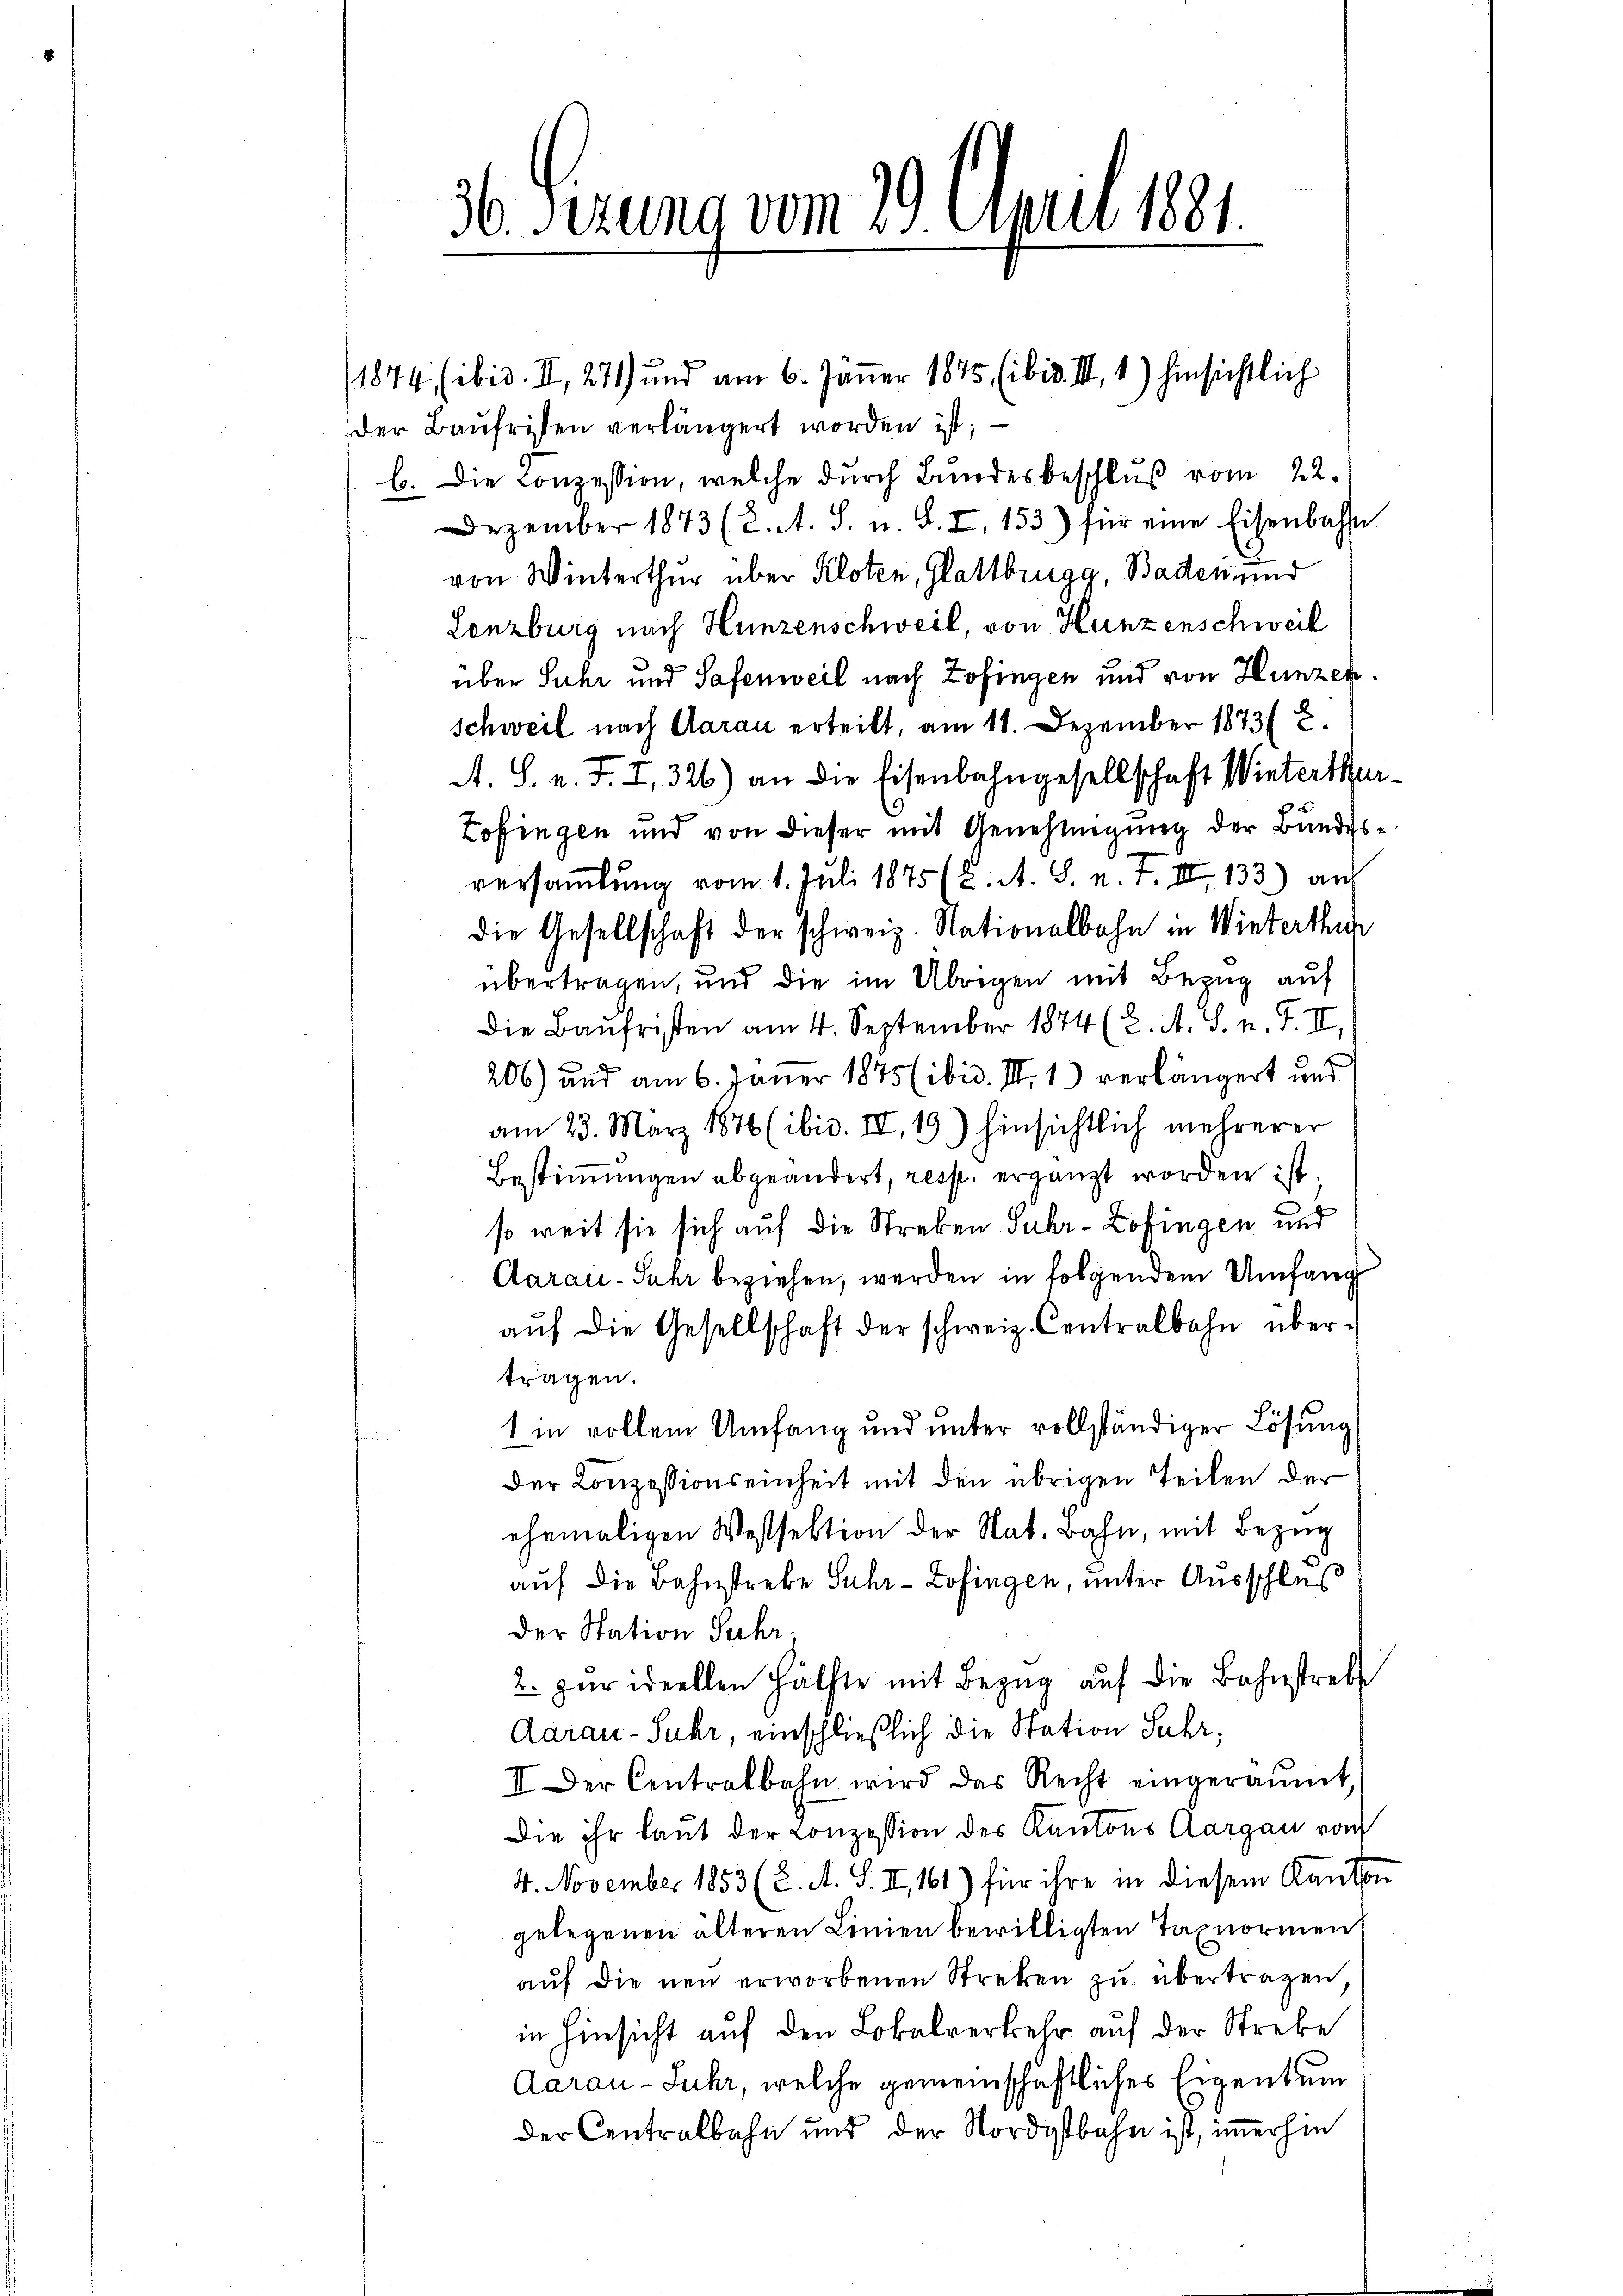
36. Sizung vom 29. April 1881.

1874, ibid. II, 271) und am 6. Jänner 1845 (ibid. II, 1) hinsichtlich
der Baufristen verlängert worden ist;
b. Die Conzession, welche durch Bundesbeschluß vom 22.
Dezember 1873 (2. A. S. u. S. I. 153) für eine Eisenbahn
von Winterthur über Kloten, Glattbrugg, Baden und
Lenzburg nach Hunzenschweil, von Hunzenschweil
über Suhr und Safenweil nach Zofingen und von Hunzen.
Schweil nach Aarau erteilt, am 11. Dezember 1873 8.
A. S. v. J. I. 326) an die Eisenbahngesellschaft Winterthur¬
Zofingen und von dieser mit Genehmigung der Bundesversamlung vom 1. Juli 1875 (2. A. S. n. F. III 133) auf
die Gesellschaft der schweiz. Nationalbahn in Winterthur
übertragen, und die im Übrigen mit Bezug auf
die Baufristen am 4. September 1874 (2. A. S. n. F. II,
206) und am 6. Jäner 1875 (ibid. II. 1) verlängert und
am 23. März 1876 (ibid. II, 19.) hinsichtlich mehrerer
Bestimmungen abgeändert, resp. ergänzt worden ist.
so weit sie sich auf die Streben Suhr- Zofingen und
Carau-Suhr beziehen, werden in folgendem Umfang
aŭf die Gesellschaft der schweiz. Centralbahn über-
tragen.
1 in vollem Umfang und unter vollständiger Lösung
der Conzessionseinheit mit den übrigen Teilen der
ehemaligen Westsektion der Nat. Bahn, mit Bezug
auf die Bahnstreke Suhr- Zofingen, unter Ausschluß
der Station Suhr;
2. zŭr ideellen Hälfte mit Bezug auf die Bahnstrebe
Aarau - Suhr, einschließlich die Station Suhr,
II Der Centralbahn wird das Recht eingeräŭmt,
Die ihr laut der Conzession des Kantons Aargau von
4. November 1853 (2. A. S. II, 161) für ihre in diesem Kanton
gelegenen älteren Linien bewilligten Taxnormen
aŭf die neu erworbenen Streken zu übertragen
in Hinsicht auf den Lokalverkehr auf der Streke
Aarau-Juhr, welche gemeinschaftliches Eigentum
der Centralbahn und der Nordostbahn ist, immerhin